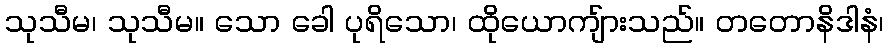
သုသီမ၊ သုသီမ။ သော ခေါ ပုရိသော၊ ထိုယောကျ်ားသည်။ တတောနိဒါနံ၊